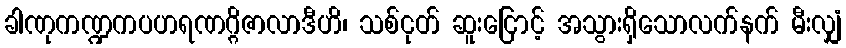
ခါဏုကဏ္ဍကပဟရဏဂ္ဂိဇာလာဒီဟိ၊ သစ်ငုတ် ဆူးငြောင့် အသွားရှိသောလက်နက် မီးလျှံ